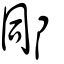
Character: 𨚯